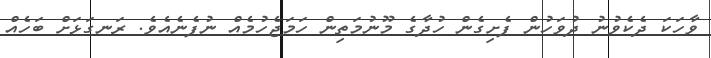
ވާހަކަ ދެކެވުނު ދުވަހުން ފެށިގެން ހުދާގެ މޫނުމަތިން ހަމަޖެހުމެއް ނުފެނެއެވެ. ރަނގަޅަށް ބަހެއް